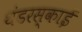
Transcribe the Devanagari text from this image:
थंडरस्काई